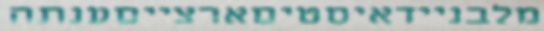
מלבניידאיסטיםארצייםענתה